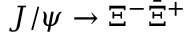
J / \psi \to \Xi ^ { - } \bar { \Xi } ^ { + }